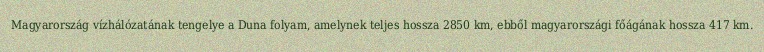
Magyarország vízhálózatának tengelye a Duna folyam, amelynek teljes hossza 2850 km, ebből magyarországi főágának hossza 417 km.